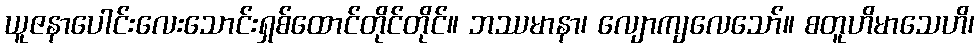
ယူဇနာပေါင်းလေးသောင်းရှစ်ထောင်တိုင်တိုင်။ ဘဿမာနာ၊ လျောကျလေသော်။ စတူဟိမာသေဟိ၊